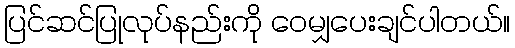
ပြင်ဆင်ပြုလုပ်နည်းကို ဝေမျှပေးချင်ပါတယ်။